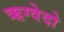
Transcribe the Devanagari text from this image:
ऋग्वेदो